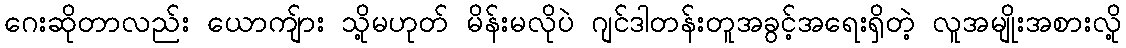
ဂေးဆိုတာလည်း ယောကျ်ား သို့မဟုတ် မိန်းမလိုပဲ ဂျင်ဒါတန်းတူအခွင့်အရေးရှိတဲ့ လူအမျိုးအစားလို့